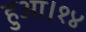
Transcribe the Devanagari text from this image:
हुआ।१४